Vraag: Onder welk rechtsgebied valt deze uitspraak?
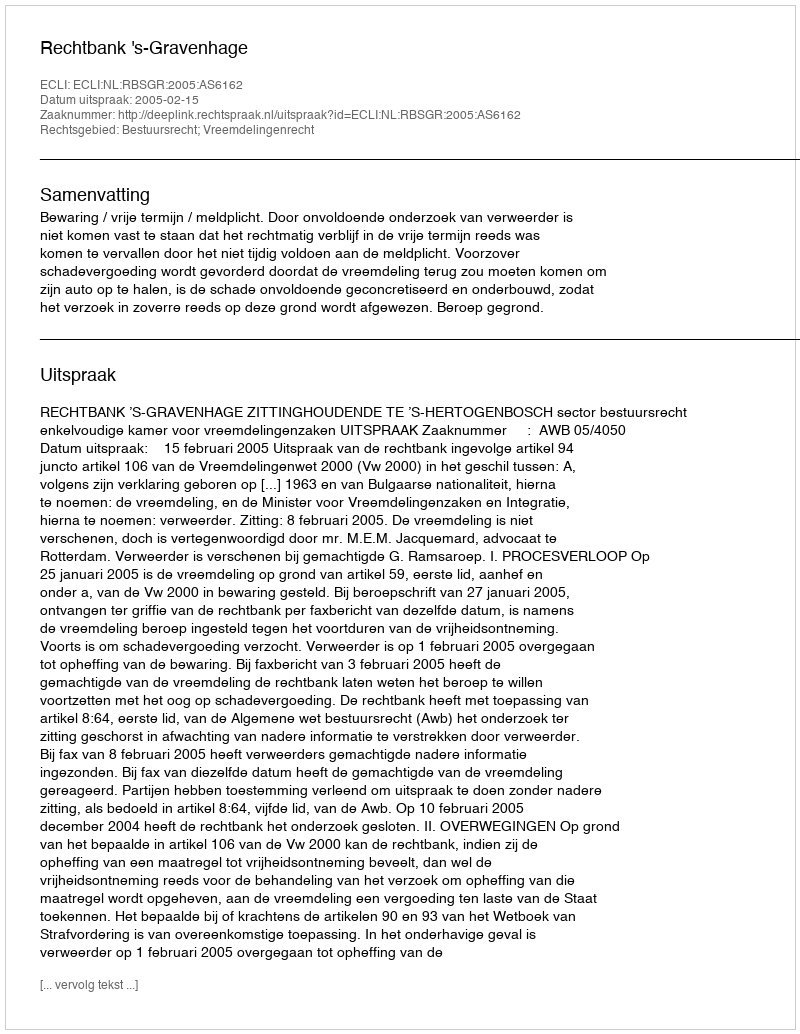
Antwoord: Bestuursrecht; Vreemdelingenrecht